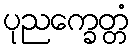
ပုညက္ခေတ္တံ